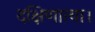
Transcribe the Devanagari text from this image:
दक्षिणात्या।